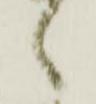
候